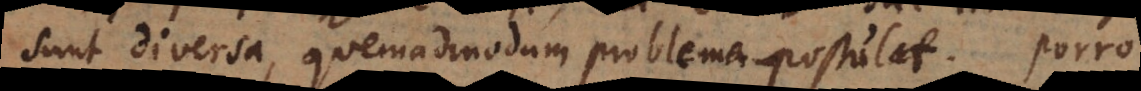
sunt diversa, quemadmodum problema postulat. Porro